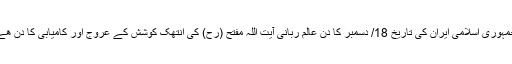
جمہوری اسلامی ایران کی تاریخ 18/ دسمبر کا دن عالم ربانی آیت اللہ مفتح (رح) کی انتھک کوشش کے عروج اور کامیابی کا دن هے۔